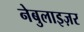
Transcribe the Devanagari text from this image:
नेबुलाइज़र